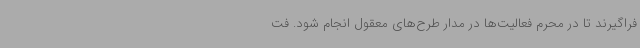
فراگیرند تا در محرم فعالیت‌ها در مدار طرح‌های معقول انجام شود. فت